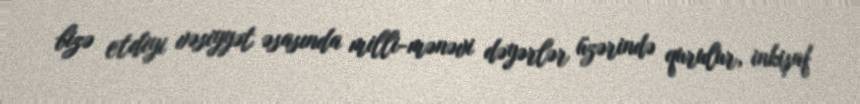
bizə etdiyi vəsiyyət əsasında milli-mənəvi dəyərlər üzərində qurulur, inkişaf